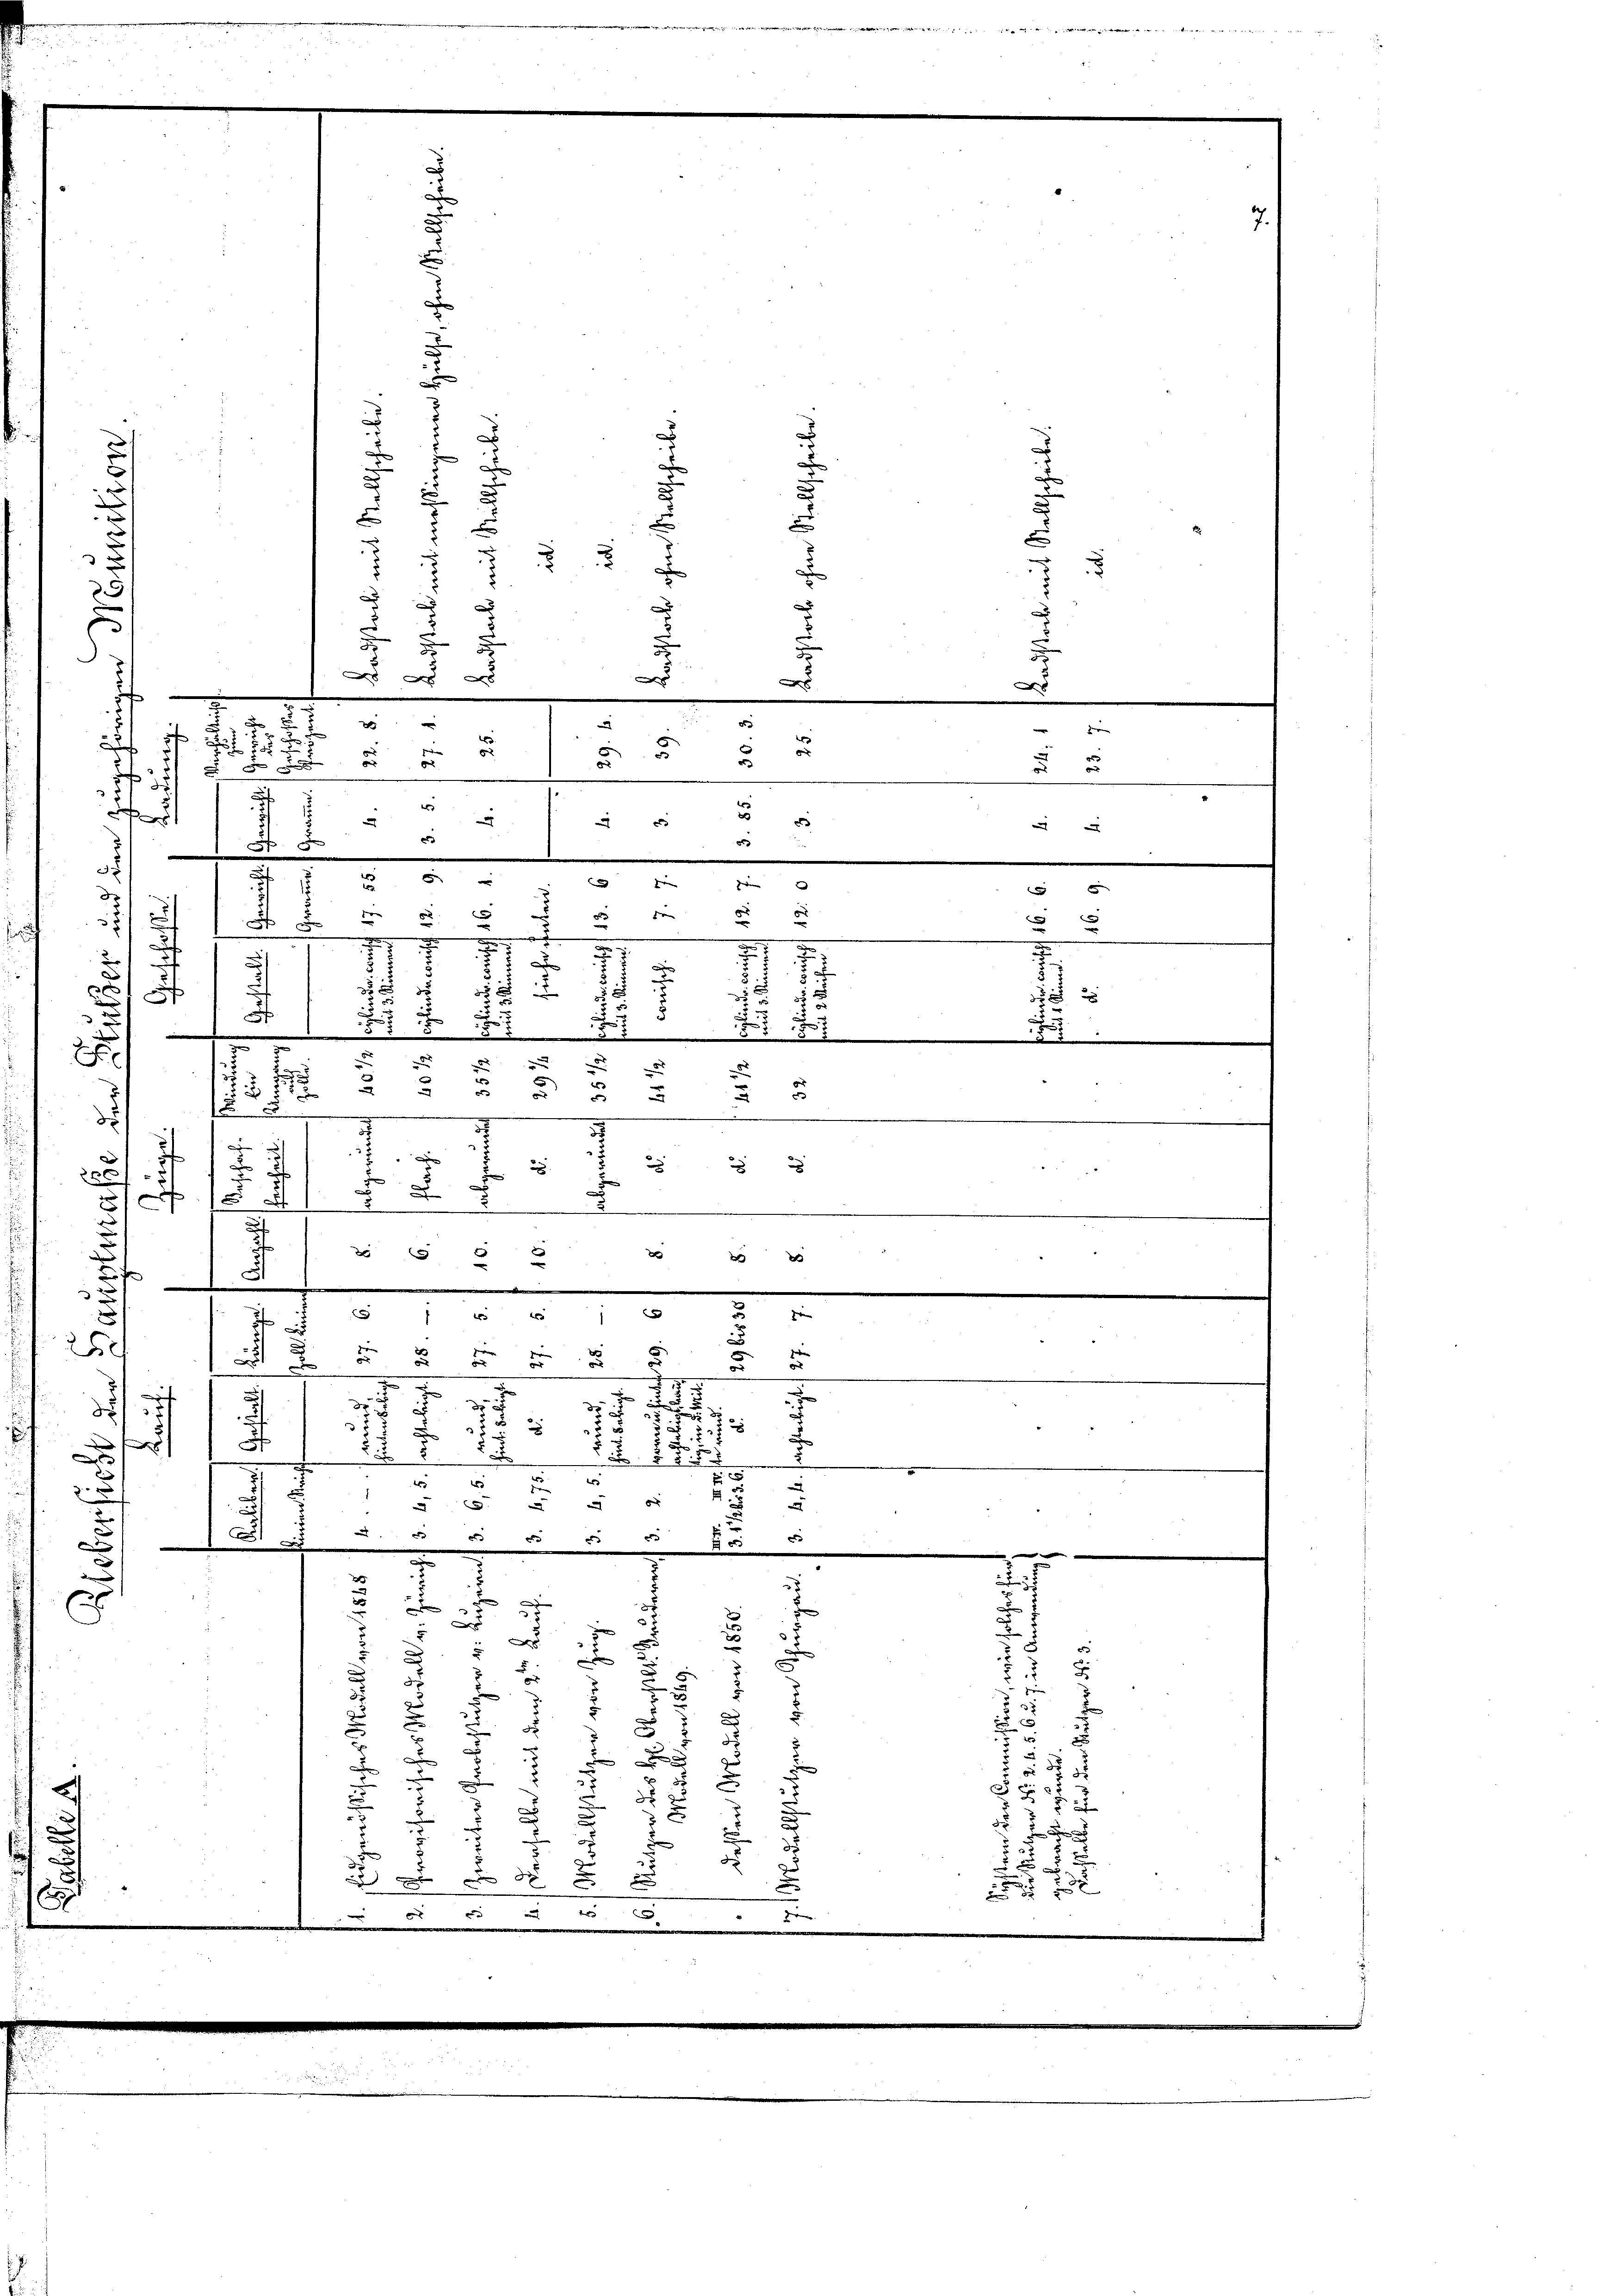
u
u
u
a

e
e
F
58
e
i
d

a
¬
x
.
d
z
 f 8 x
f

a
0 0
8

i
x
S 5
u
   5
D
e
0 f 0 x 5
7
1
.
7
1
x
7
u
2
2.)
3
3
x
f
2
5
d
.
e
e
5
2
d
u
1
d
u
.
5
e
.

F
3
)
 23
2
22
18
x
A
2
2
e
d

e
2
e
x
.

1
u
e
24 261
e
x
250
d
e
 xxx
.
7
n
7.
u
3
u
dr.
5
3

d
d
38
275
f 8 x
e
x
2
t
22
2
e
For
552

5
4
x
2
2
d
.
4
8
25 "
d
u
.
e
d
e

.
E
m
.
.

2
d

5
e

2
s
xx

5
.
e
u
x
2
e
a
n
u
c
e
u
u
e
d
2
.
u
Ju
u
t
2
.
u
.
F
3
n
2
u
d 1
2
u
e
i
2
¬
d
 x
u
i
2
 x
x

.
5

x
d

 0 x
E
 0 x 2 2

5

2
8
a
v

u

2

5
5

5
5

F

e
.
x
x
8
e
ge

e
e
c
m
8
.
i
u
f
n
u
s
d
.
e
5
2
.
 58

 x
3
d
5
5

52
u
.
e
 33